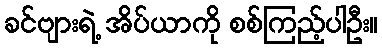
ခင်ဗျားရဲ့ အိပ်ယာကို စစ်ကြည့်ပါဦး။